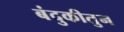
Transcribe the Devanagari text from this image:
बंदुकीतुन